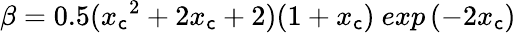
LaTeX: \beta=0.5({x_{\mathsf{c}}}^{2}+2x_{\mathsf{c}}+2)(1+x_{\mathsf{c}})~exp\left(-2x_{\mathsf{c}}\right)